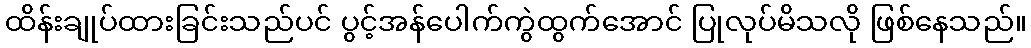
ထိန်းချုပ်ထားခြင်းသည်ပင် ပွင့်အန်ပေါက်ကွဲထွက်အောင် ပြုလုပ်မိသလို ဖြစ်နေသည်။